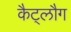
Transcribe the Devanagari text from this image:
कैट्लौग